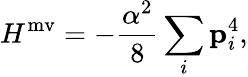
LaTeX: H^{\mathrm{mv}}=-\frac{\alpha^{2}}{8}\sum_{i}\mathbf{p}_{i}^{4},